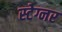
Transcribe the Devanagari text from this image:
स्टेग्नर